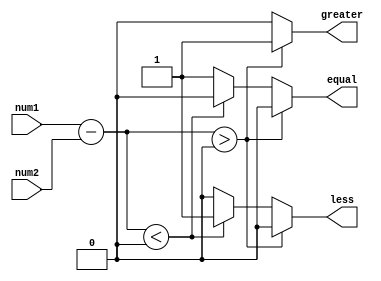
module fixed_point_comparator(
    input signed [7:0] num1,
    input signed [7:0] num2,
    output reg greater,
    output reg less,
    output reg equal
);

reg signed [7:0] diff;

always @(*) begin
    diff = num1 - num2;
    if(diff > 0) begin
        greater = 1;
        less = 0;
        equal = 0;
    end else if(diff < 0) begin
        greater = 0;
        less = 1;
        equal = 0;
    end else begin
        greater = 0;
        less = 0;
        equal = 1;
    end
end

endmodule